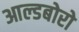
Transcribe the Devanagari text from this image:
आल्डबोरो